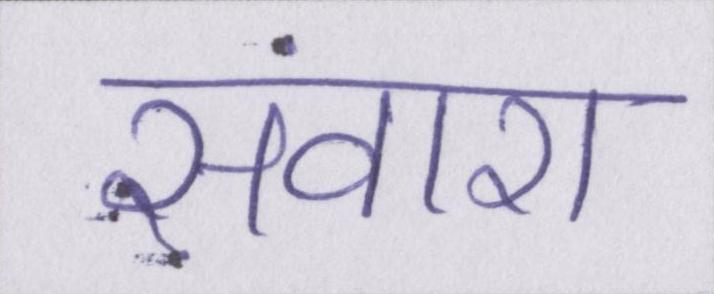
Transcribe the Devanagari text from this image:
संवारा